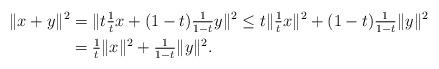
LaTeX: \begin{align*}\|x+y\|^2&=\|t\tfrac{1}{t}x+(1-t)\tfrac{1}{1-t}y\|^2\leq t\|\tfrac{1}{t}x\|^2+(1-t)\tfrac{1}{1-t}\|y\|^2\\&=\tfrac{1}{t}\|x\|^2+\tfrac{1}{1-t}\|y\|^2.\end{align*}